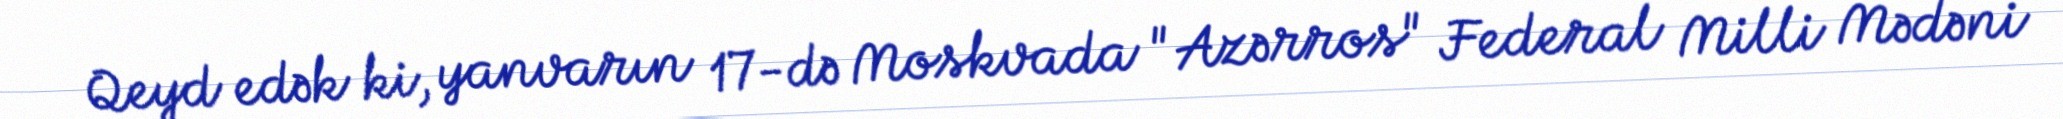
Qeyd edək ki, yanvarın 17-də Moskvada "Azərros" Federal Milli Mədəni